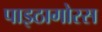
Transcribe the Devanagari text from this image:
पाइठागोरस